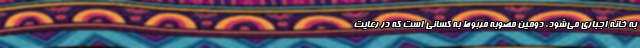
به خانه اجباری می‌شود. دومین مصوبه مربوط به کسانی است که در رعایت